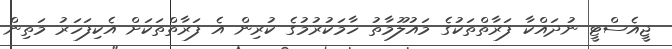
ޖީއެސްޓީ ނުދައްކާ ފަރާތްތަކުގެ މައުލޫމާތު ހާމަކުރުމުގެ ކުރިން އެ ފަރާތްތަކަށް އެކިފަހަރު މަތިން